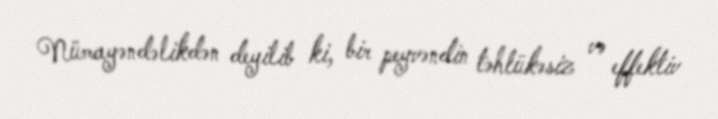
Nümayəndəlikdən deyilib ki, bir peyvəndin təhlükəsiz və effektiv